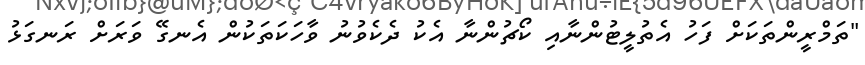
"ތަމްރީންތަކަށް ފަހު އެތުލީޓުންނާއި ކޯޗުންނާ އެކު ދެކެވުނު ވާހަކަތަކުން އެނގޭ ވަރަށް ރަނގަޅު